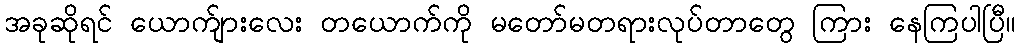
အခုဆိုရင် ယောက်ျားလေး တယောက်ကို မတော်မတရားလုပ်တာတွေ ကြား နေကြပါပြီ။